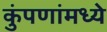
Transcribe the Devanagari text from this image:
कुंपणांमध्ये